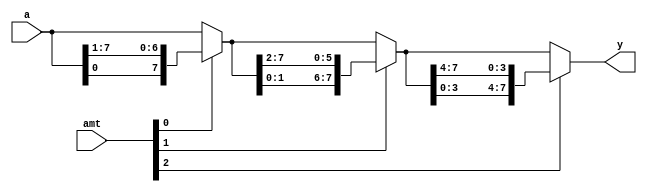
// Listing 3.19
module barrel_shifter_stage
   (
    input wire [7:0] a,
    input wire [2:0] amt,
    output wire [7:0] y
   );

   // signal declaration
   wire [7:0] s0, s1;

   // body
   // stage 0, shift 0 or 1 bit
   assign s0 = amt[0] ? {a[0], a[7:1]} : a;
   // stage 1, shift 0 or 2 bits
   assign s1 = amt[1] ? {s0[1:0], s0[7:2]} : s0;
   // stage 2, shift 0 or 4 bits
   assign y = amt[2] ? {s1[3:0], s1[7:4]} : s1;

endmodule